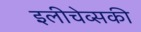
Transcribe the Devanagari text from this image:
इलीचेव्सकी